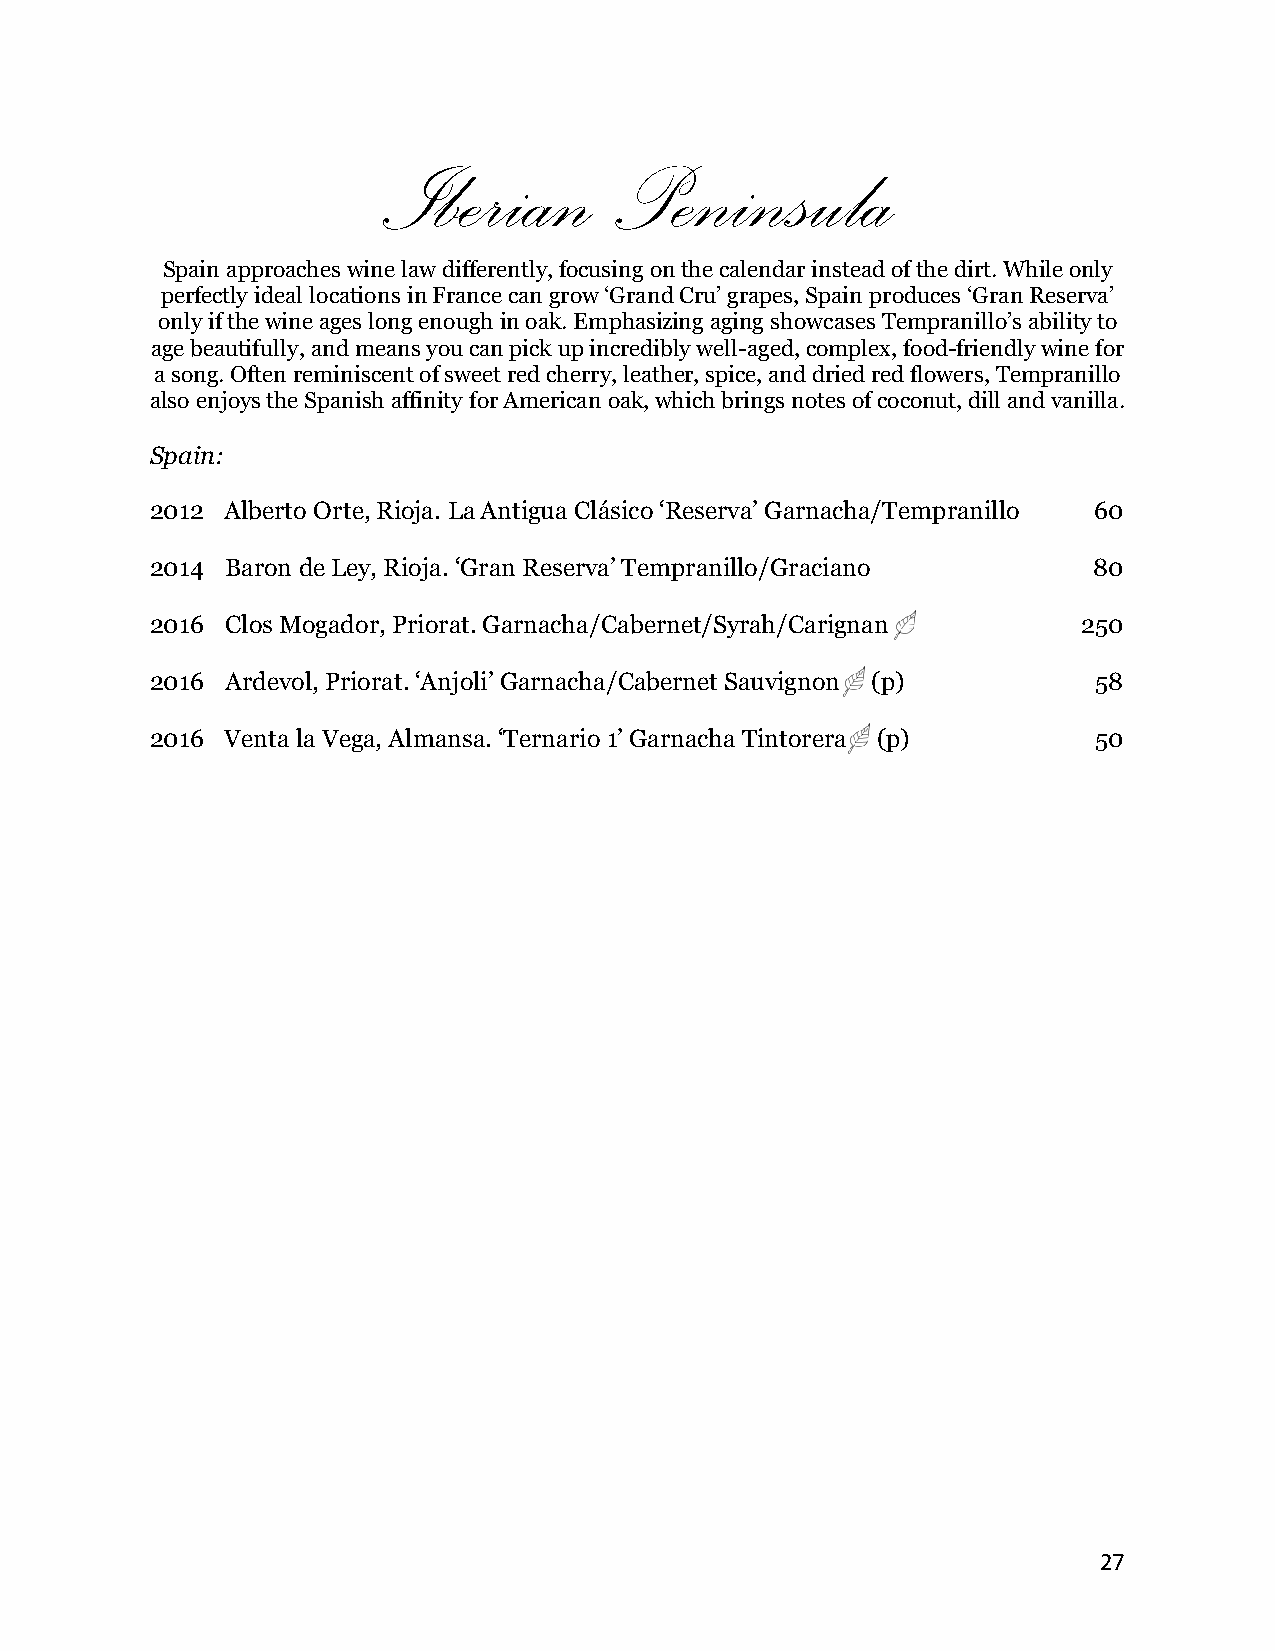
Iberian        Peninsula
 Spain approaches wine law differently, focusing on the calendar instead of the dirt. While only
 perfectly ideal locations in France can grow ‘Grand Cru’ grapes, Spain produces ‘Gran Reserva’
 only if the wine ages long enough in oak. Emphasizing aging showcases Tempranillo’s ability to
 age beautifully, and means you can pick up incredibly well-aged, complex, food-friendly wine for
 a song. Often reminiscent of sweet red cherry, leather, spice, and dried red flowers, Tempranillo
 also enjoys the Spanish affinity for American oak, which brings notes of coconut, dill and vanilla.
 Spain:
 2012 Alberto Orte, Rioja. La Antigua Clásico ‘Reserva’ Garnacha/Tempranillo 60
 2014 Baron de Ley, Rioja. ‘Gran Reserva’ Tempranillo/Graciano 80
 2016 Clos Mogador, Priorat. Garnacha/Cabernet/Syrah/Carignan  250
 2016 Ardevol, Priorat. ‘Anjoli’ Garnacha/Cabernet Sauvignon (p) 58
 2016 Venta la Vega, Almansa. ‘Ternario 1’ Garnacha Tintorera (p) 50
 27